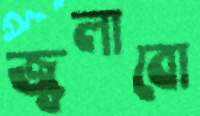
জ্বলাবো